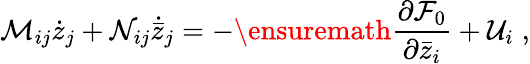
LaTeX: \mathcal M_{ij}\dot{z}_{j}+\mathcal N_{ij}\dot{\bar{z}}_{j}=-\ensuremath{\frac{\partial{\mathcal F}_{0}}{\partial\bar{z}_{i}}}+{\mathcal U}_{i}\; ,